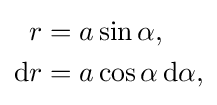
{\begin{aligned}r&=a\sin \alpha ,\\\mathrm {d} r&=a\cos \alpha \,\mathrm {d} \alpha ,\end{aligned}}